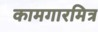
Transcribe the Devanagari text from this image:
कामगारमित्र